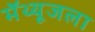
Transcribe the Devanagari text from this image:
मॅथ्यूजला